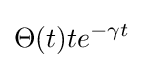
\Theta (t)te^{-\gamma t}